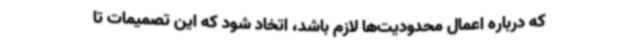
که درباره اعمال محدودیت‌ها لازم باشد، اتخاد شود که این تصمیمات تا